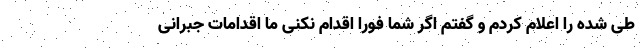
طی شده را اعلام کردم و گفتم اگر شما فورا اقدام نکنی ما اقدامات جبرانی